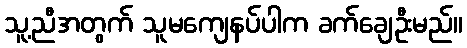
သူ့ညီအတွက် သူမကျေနပ်ပါက ခက်ချေဦးမည်။